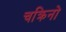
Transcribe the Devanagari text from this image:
चक्रिनो